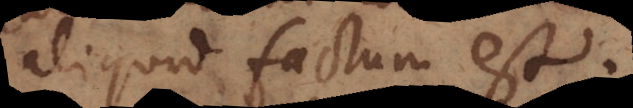
aliquid factum est.